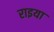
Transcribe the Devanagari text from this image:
राइया